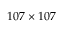
1 0 7 \times 1 0 7